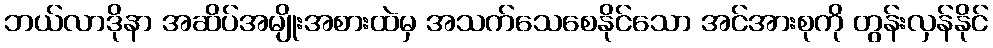
ဘယ်လာဒိုနာ အဆိပ်အမျိုးအစားထဲမှ အသက်သေစေနိုင်သော အင်အားစုကို တွန်းလှန်နိုင်